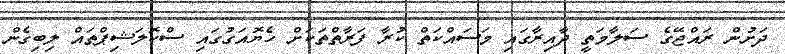
ދަށުން ރައްޖޭގެ ސަލާމަތީ ދާއިރާގައި މަސައްކަތް ކުރާ ފަރާތްތަކަށް ހެޔޮއަގުގައި ސްކޮލަޝިޕްތައް ލިބިގެން